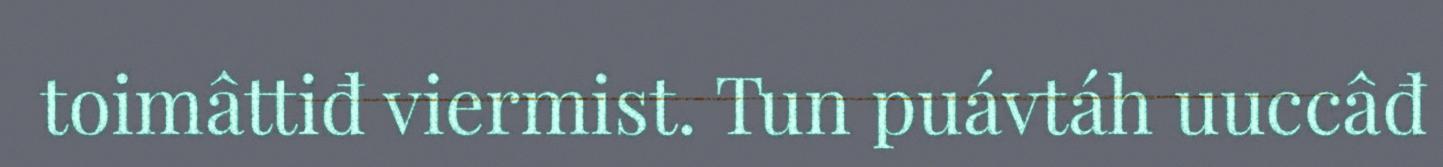
toimâttiđ viermist. Tun puávtáh uuccâđ